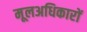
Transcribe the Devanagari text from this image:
मूलअधिकारों